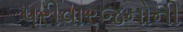
પરીવારજનોની